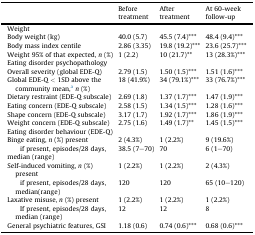
<table><thead><tr><td></td><td><b>Before treatment</b></td><td><b>After treatment</b></td><td><b>At 60-week follow-up</b></td></tr></thead><tbody><tr><td colspan="4">Weight</td></tr><tr><td>Body weight (kg)</td><td>40.0 (5.7)</td><td>45.5 (7.4)***</td><td>48.4 (9.4)***</td></tr><tr><td>Body mass index centile</td><td>2.86 (3.35)</td><td>19.8 (19.2)***</td><td>23.6 (25.7)***</td></tr><tr><td>Weight 95% of that expected, <i>n</i> (%)</td><td>1 (2.2)</td><td>10 (21.7)**</td><td>13 (28.3%)***</td></tr><tr><td colspan="4">Eating disorder psychopathology</td></tr><tr><td>Overall severity (global EDE-Q)</td><td>2.79 (1.5)</td><td>1.50 (1.5)***</td><td>1.51 (1.6)***</td></tr><tr><td>Global EDE-Q &lt; 1SD above the community mean,a<i>n</i> (%)</td><td>18 (41.9%)</td><td>34 (79.1%)***</td><td>33 (76.7%)***</td></tr><tr><td>Dietary restraint (EDE-Q subscale)</td><td>2.69 (1.8)</td><td>1.37 (1.7)***</td><td>1.47 (1.9)***</td></tr><tr><td>Eating concern (EDE-Q subscale)</td><td>2.58 (1.5)</td><td>1.34 (1.5)***</td><td>1.28 (1.6)***</td></tr><tr><td>Shape concern (EDE-Q subscale)</td><td>3.17 (1.7)</td><td>1.92 (1.7)***</td><td>1.86 (1.9)***</td></tr><tr><td>Weight concern (EDE-Q subscale)</td><td>2.75 (1.6)</td><td>1.49 (1.7)**</td><td>1.45 (1.5)***</td></tr><tr><td colspan="4">Eating disorder behaviour (EDE-Q)</td></tr><tr><td>Binge eating, <i>n</i> (%) present</td><td>2 (4.3%)</td><td>1 (2.2%)</td><td>9 (19.6%)</td></tr><tr><td> if present, episodes/28 days, median (range)</td><td>38.5 (7–70)</td><td>70</td><td>6 (1–70)</td></tr><tr><td>Self-induced vomiting, <i>n</i> (%) present</td><td>1 (2.2%)</td><td>1 (2.2%)</td><td>2 (4.3%)</td></tr><tr><td> if present, episodes/28 days, median(range)</td><td>120</td><td>120</td><td>65 (10–120)</td></tr><tr><td>Laxative misuse, <i>n</i> (%) present</td><td>1 (2.2%)</td><td>1 (2.2%)</td><td>1 (2.2%)</td></tr><tr><td> If present, episodes/28 days, median (range)</td><td>12</td><td>12</td><td>8</td></tr><tr><td>General psychiatric features, GSI</td><td>1.18 (0.6)</td><td>0.74 (0.6)***</td><td>0.68 (0.6)***</td></tr></tbody></table>